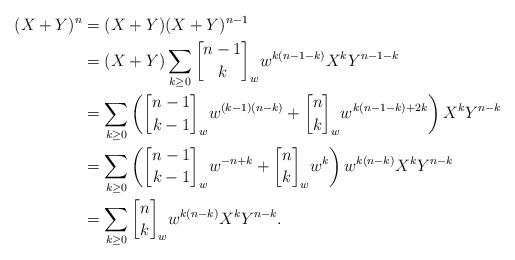
LaTeX: \begin{align*} (X+Y)^n&=(X+Y)(X+Y)^{n-1}\\ &=(X+Y)\sum\limits_{k\ge0}{n-1\brack k}_ww^{k(n-1-k)}X^kY^{n-1-k}\\ &=\sum\limits_{k\ge0}\left({n-1\brack k-1}_ww^{(k-1)(n-k)}+{n\brack k}_ww^{k(n-1-k)+2k}\right)X^kY^{n-k}\\ &=\sum\limits_{k\ge0}\left({n-1\brack k-1}_ww^{-n+k}+{n\brack k}_ww^k\right)w^{k(n-k)}X^kY^{n-k}\\ &=\sum\limits_{k\ge0}{n\brack k}_ww^{k(n-k)}X^kY^{n-k}. \end{align*}